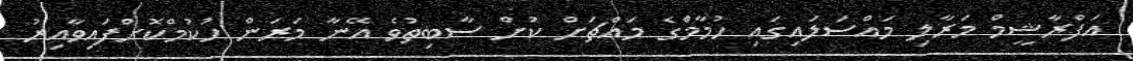
އަފްރާޝީމް މަރާލި މައްސަލައިގައި ހުމާމްގެ މައްޗަށް ކުށް ސާބިތުވެ އޭނާ މަރަން ހުކުމްކޮށްފައިވާއިރު